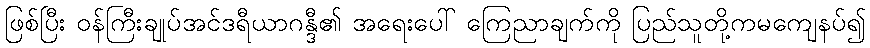
ဖြစ်ပြီး ဝန်ကြီးချုပ်အင်ဒရီယာဂန္ဒီ၏ အရေးပေါ် ကြေညာချက်ကို ပြည်သူတို့ကမကျေနပ်၍